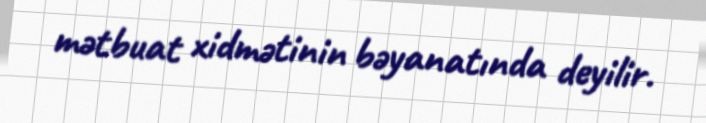
mətbuat xidmətinin bəyanatında deyilir.